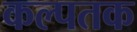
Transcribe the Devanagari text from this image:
कल्पतक